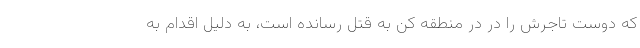
که دوست تاجرش را در در منطقه کن به قتل رسانده است، به دلیل اقدام به